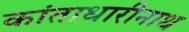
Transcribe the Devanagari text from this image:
कांताधारीनाथ